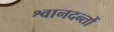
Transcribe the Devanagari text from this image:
श्वानदन्तों